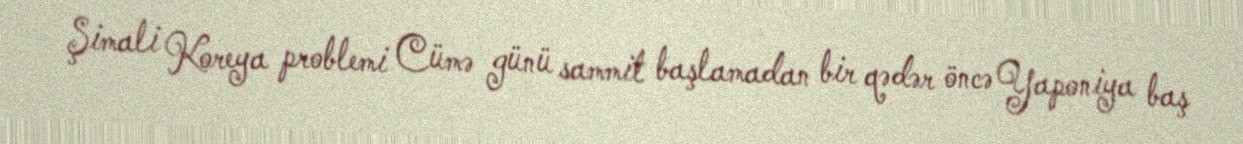
Şimali Koreya problemi Cümə günü sammit başlamadan bir qədər öncə Yaponiya baş